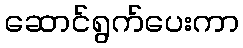
ဆောင်ရွက်ပေးကာ